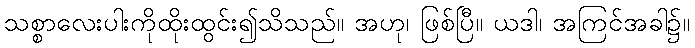
သစ္စာလေးပါးကိုထိုးထွင်း၍သိသည်။ အဟု၊ ဖြစ်ပြီ။ ယဒါ၊ အကြင်အခါ၌။